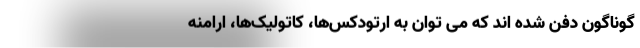
گوناگون دفن شده اند که می توان به ارتودکس‌ها، کاتولیک‌ها، ارامنه